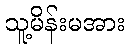
သူ့မိန်းမအား